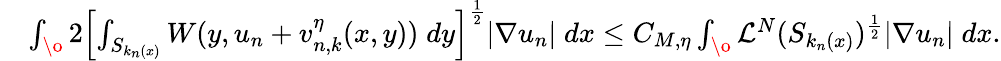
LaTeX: \begin{array}{rl}&{\int_{\o}{2\left[\int_{S_{k_{n}(x)}}W(y,u_{n}+v_{n,k}^{\eta}(x,y))\; dy\right]^{\frac{1}{2}}|\nabla u_{n}|\; dx}\leq C_{M,\eta}\int_{\o}{\mathcal{L}^{N}(S_{k_{n}(x)})^{\frac{1}{2}}|\nabla u_{n}|\; dx}.}\end{array}